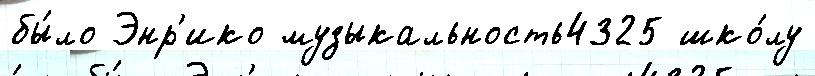
бы́ло Энр'ико музыкальность4325 шко́лу